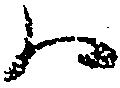
ハ